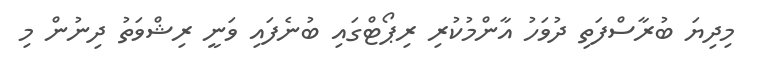
މިދިޔަ ބުރާސްފަތި ދުވަހު އާންމުކުރި ރިޕޯޓްގައި ބުނެފައި ވަނީ ރިޝްވަތު ދިނުން މި